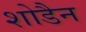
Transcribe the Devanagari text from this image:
शोडैन